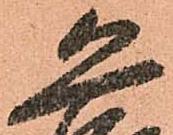
恐